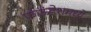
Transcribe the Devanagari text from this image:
फाऊंडेशमध्ये